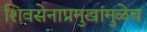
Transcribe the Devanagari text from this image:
शिवसेनाप्रमुखांमुळेच